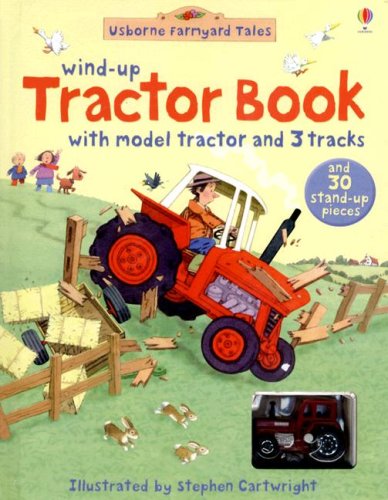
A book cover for Wind-Up Tractor Book (Usborne Farmyard Tales); Heather Amery; Children's Books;